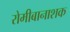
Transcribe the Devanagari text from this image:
रोमीबानाशक